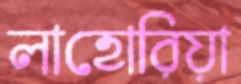
লাহোরিয়া